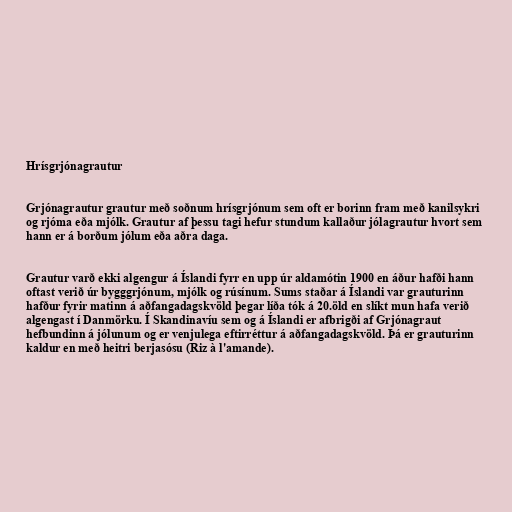
Hrísgrjónagrautur

Grjónagrautur grautur með soðnum hrísgrjónum sem oft er borinn fram með kanilsykri
og rjóma eða mjólk. Grautur af þessu tagi hefur stundum kallaður jólagrautur hvort sem
hann er á borðum jólum eða aðra daga.

Grautur varð ekki algengur á Íslandi fyrr en upp úr aldamótin 1900 en áður hafði hann
oftast verið úr bygggrjónum, mjólk og rúsínum. Sums staðar á Íslandi var grauturinn
hafður fyrir matinn á aðfangadagskvöld þegar líða tók á 20.öld en slíkt mun hafa verið
algengast í Danmörku. Í Skandinavíu sem og á Íslandi er afbrigði af Grjónagraut
hefbundinn á jólunum og er venjulega eftirréttur á aðfangadagskvöld. Þá er grauturinn
kaldur en með heitri berjasósu (Riz à l'amande).